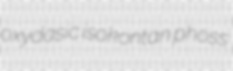
oxydasic isokontan phoss